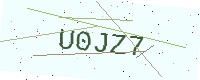
Text: U0JZ7